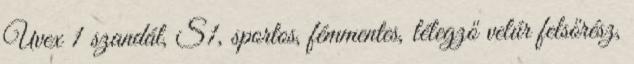
Uvex 1 szandál, S1, sportos, fémmentes, lélegző velúr felsőrész,